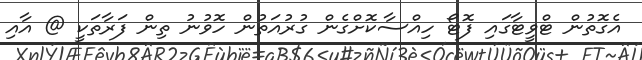
އެގޮތުން ޓްވީޓާގައި ފޮޓޯ ހިއްސާކޮށްގެން ގުރުއަތުން ހޮވުނު ތިން ފަރާތަކީ @ އާއި